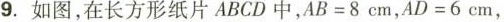
9.如图，在长方形纸片ABCD中，$$AB=8$$cm，$$AD=6$$cm，